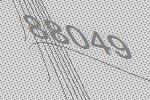
88049